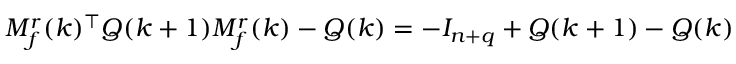
M _ { f } ^ { r } ( k ) ^ { \top } Q ( k + 1 ) M _ { f } ^ { r } ( k ) - Q ( k ) = - I _ { n + q } + Q ( k + 1 ) - Q ( k )